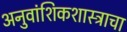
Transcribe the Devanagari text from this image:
अनुवांशिकशास्त्राचा